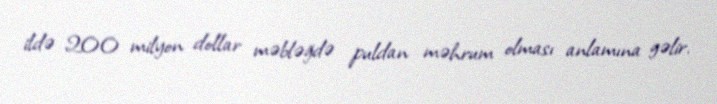
ildə 200 milyon dollar məbləğdə puldan məhrum olması anlamına gəlir.